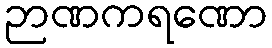
ဉာဏကရဏော